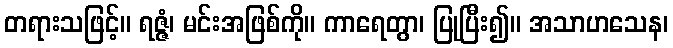
တရားသဖြင့်။ ရဇ္ဇံ၊ မင်းအဖြစ်ကို။ ကာရေတွာ၊ ပြုပြီး၍။ အသာဟသေန၊